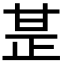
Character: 𤯅